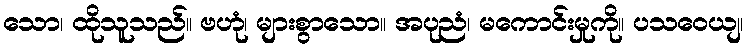
သော၊ ထိုသူသည်။ ဗဟုံ၊ များစွာသော။ အပုညံ၊ မကောင်းမှုကို။ ပသဝေယျ၊